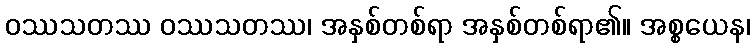
ဝဿသတဿ ဝဿသတဿ၊ အနှစ်တစ်ရာ အနှစ်တစ်ရာ၏။ အစ္စယေန၊